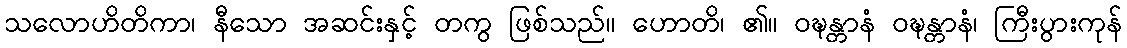
သလောဟိတိကာ၊ နီသော အဆင်းနှင့် တကွ ဖြစ်သည်။ ဟောတိ၊ ၏။ ဝဍ္ဎန္တာနံ ဝဍ္ဎန္တာနံ၊ ကြီးပွားကုန်